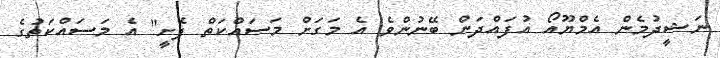
ނަޝީދުމެން އެމްޔޫއޯ އުފައްދަން ބޭނުންވެ އެ މަގަށް މަސައްކަތް ފެށީ" އެ މަސައްކަތުގެ